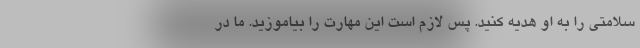
سلامتی را به او هدیه کنید. پس لازم است این مهارت را بیاموزید. ما در